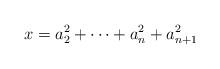
LaTeX: \begin{align*}x = a_2^2+\dots+a_n^2+a_{n+1}^2\end{align*}